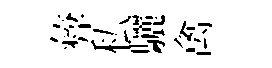
彜私驪禽